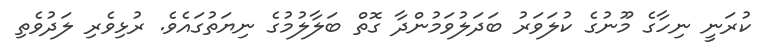
ކުރަނީ ނިހާގެ މޫނުގެ ކުލަވަރު ބަދަލުވަމުންދާ ގޮތް ބަލާލުމުގެ ނިޔަތުގައެވެ. ރުޅިވެރި ލަދުވެތި